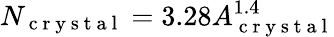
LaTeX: N_{\mathrm{~c~r~y~s~t~a~l~}}=3.28A_{\mathrm{~c~r~y~s~t~a~l~}}^{1.4}